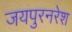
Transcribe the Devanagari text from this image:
जयपुरनरेश